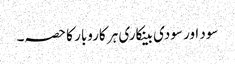
سود اور سودی بینکاری ہر کاروبار کا حصہ۔